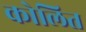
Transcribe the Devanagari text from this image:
कोलित